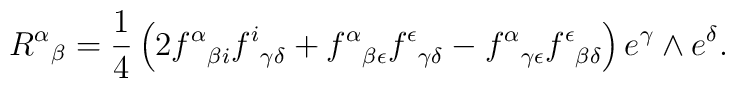
{R^\alpha}_\beta ={1\over 4} \left(2{f^\alpha}_{\beta i}{f^i}_{\gamma\delta}+{f^\alpha}_{\beta\epsilon}{f^\epsilon}_{\gamma\delta}-{f^\alpha}_{\gamma\epsilon}{f^\epsilon}_{\beta\delta}\right)e^\gamma\wedge e^\delta.